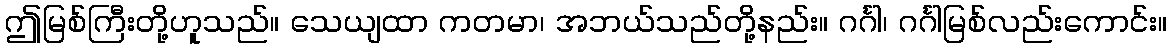
ဤမြစ်ကြီးတို့ဟူသည်။ သေယျထာ ကတမာ၊ အဘယ်သည်တို့နည်း။ ဂင်္ဂါ၊ ဂင်္ဂါမြစ်လည်းကောင်း။